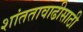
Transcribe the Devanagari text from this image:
शांततावाढीसाठी